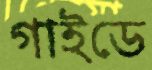
গাইডে